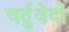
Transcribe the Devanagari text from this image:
चर्तुवेदी